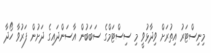
މިނިސްޓަރު އިތުރަށް ވިދާޅުވީ މި ސިސްޓަމްގެ ސަބަބުން އާސަންދައިގެ ދަށުން ފަރުވާ ހޯދާ